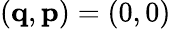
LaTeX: (\mathbf{q},\mathbf{p})=(0,0)